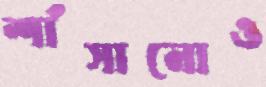
শাঁসানোও